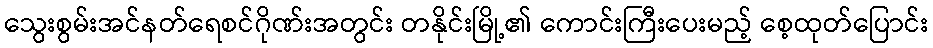
သွေးစွမ်းအင်နတ်ရေစင်ဂိုဏ်းအတွင်း တနိုင်းမြို့၏ ကောင်းကြီးပေးမည့် စေ့ထုတ်ပြောင်း